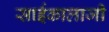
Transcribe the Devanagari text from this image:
साईकालाजी